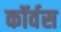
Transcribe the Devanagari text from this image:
कॉर्वस